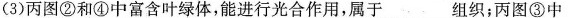
(3)丙图②和④中富含叶绿体，能进行光合作用，属于___组织；丙图③中